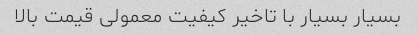
بسیار بسیار با تاخیر کیفیت معمولی قیمت بالا